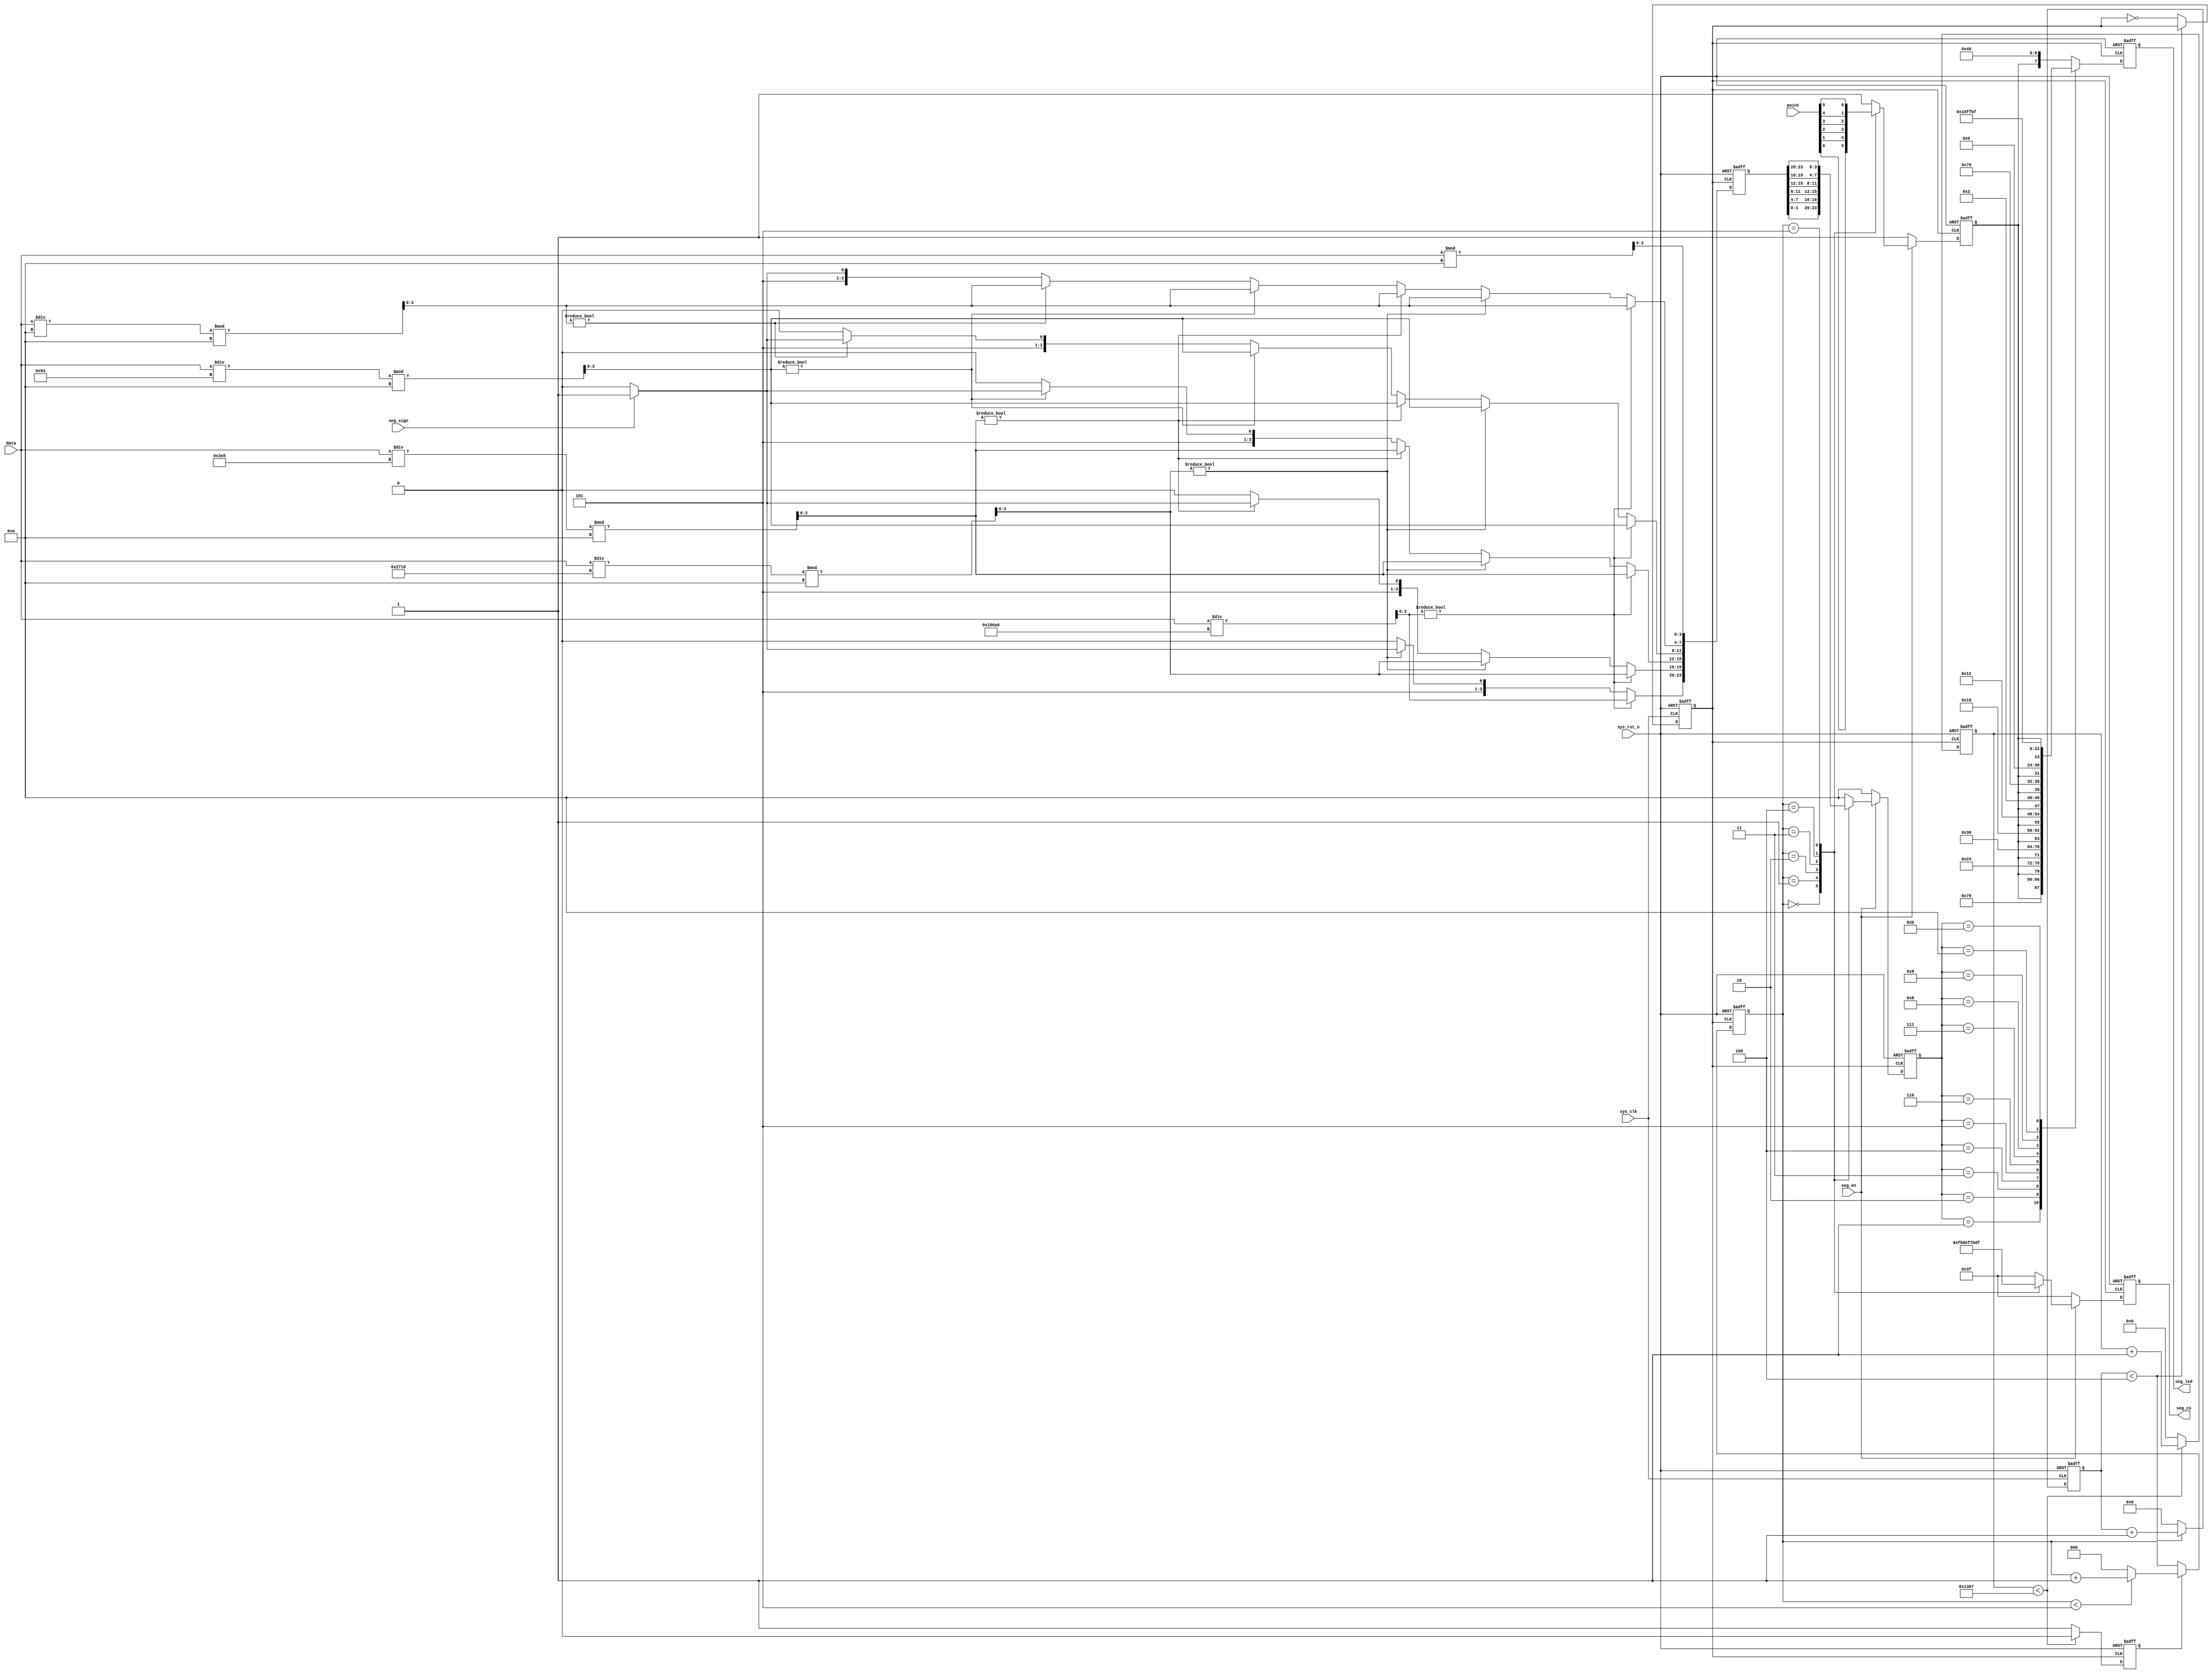
//////////////////////////////////////////////////////////////////////////////////
//  
// Module Name: seg_led_driver
// Description: This is seg_led driver
// 
//////////////////////////////////////////////////////////////////////////////////
`timescale 1ns / 1ps


module seg_led_driver(
    input               sys_clk,
    input               sys_rst_n,
    input [5:0]         point,              //point01
    input               seg_en,             //01
    input               seg_sign,           //01
    input [19:0]        data,               //             

    output reg[5:0]     seg_cs,
    output reg[7:0]     seg_led
);

localparam CLK_DIV = 4'd10;                 //
localparam MAX_CNT = 13'd5000;              //5M1ms

reg[3:0]        clk_cnt;                    //
reg             seg_clk;                    //5Mhz
reg[23:0]       seg_num;                    //624BCD
reg[12:0]       cnt_1ms;                    //1ms
reg             flag_1ms;                   //1ms
reg[2:0]        cnt_cs;                     //
reg[3:0]        seg_dip;                    //
reg             dot_dip;                    //point

wire[3:0]       data0;                      //
wire[3:0]       data1;                      //
wire[3:0]       data2;                      //
wire[3:0]       data3;                      //
wire[3:0]       data4;                      //
wire[3:0]       data5;                      //


//
assign data0 = data % 4'd10;                //
assign data1 = data / 4'd10 % 4'd10;        //
assign data2 = data / 7'd100 % 4'd10;       //
assign data3 = data / 10'd1000 % 4'd10;     //
assign data4 = data / 14'd10000 % 4'd10;    //
assign data5 = data / 17'd100000;           //

//105Mhzseg_clk
always @(posedge sys_clk or negedge sys_rst_n) begin
    if(!sys_rst_n) begin
       clk_cnt <= 4'd0;
       seg_clk <= 1'b1;
    end
    else begin
        if(clk_cnt < CLK_DIV/2 -1)begin
            clk_cnt <= clk_cnt + 1'b1;
            seg_clk <= seg_clk;
        end
        else begin
            seg_clk <= ~seg_clk;
            clk_cnt <= 4'd0;
        end
    end  
end

//2428421BCD41
always @(posedge seg_clk or negedge sys_rst_n) begin
    if(!sys_rst_n) 
        seg_num <= 0;
    else begin
        if(data5) begin                 //
            seg_num[23:20] <= data5;    //
            seg_num[19:16] <= data4;
            seg_num[15:12] <= data3;
            seg_num[11:8]  <= data2;
            seg_num[7:4]   <= data1;
            seg_num[3:0]   <= data0;
        end
        else begin
            if(data4) begin             //
                seg_num[19:0] <= {data4,data3,data2,data1,data0};
                if(seg_sign)
                    seg_num[23:20] <= 4'd11;     //
                else
                    seg_num[23:20] <= 4'd10;     //    
            end
            else begin
                if(data3) begin         //
                    seg_num[15:0] <= {data3,data2,data1,data0};
                    seg_num[23:20] <= 4'd10;    //
                    if(seg_sign)
                        seg_num[19:16] <= 4'd11;     //
                    else
                        seg_num[19:16] <= 4'd10;     //,  
                end
                else begin
                    if(data2) begin     //
                        seg_num[11:0] <= {data2,data1,data0};
                        seg_num[23:16] <= {2{4'd10}};    //
                        if(seg_sign)
                            seg_num[15:12] <= 4'd11;     //
                        else
                            seg_num[15:12] <= 4'd10;     //, 
                    end
                    else begin
                        if(data1) begin     //
                            seg_num[7:0] <= {data1,data0};
                            seg_num[23:12] <= {3{4'd10}};    //
                            if(seg_sign)
                                seg_num[11:8] <= 4'd11;     //
                            else
                                seg_num[11:8] <= 4'd10;     //, 
                        end
                        else begin //
                                seg_num[3:0] <= data0;
                                seg_num[23:8] <= {4{4'd10}}; //
                                if(seg_sign)
                                    seg_num[7:4] <= 4'd11;     //
                                else
                                    seg_num[7:4] <= 4'd10;     //, 
                        end
                    end
                end
            end
        end
    end
end

//1ms
always @(posedge seg_clk or negedge sys_rst_n) begin
    if(!sys_rst_n) begin
        cnt_1ms <= 13'd0;
        flag_1ms <= 1'b0;
    end
    else begin
        if(cnt_1ms < MAX_CNT - 1)begin
            cnt_1ms <= cnt_1ms + 1'b1;
            flag_1ms <= 1'b0;
        end
        else begin
            flag_1ms <= 1'b1;
            cnt_1ms <= 13'd0;
        end
    end
end

//cnt_cs
always @(posedge seg_clk or negedge sys_rst_n) begin
    if(!sys_rst_n)
        cnt_cs <= 3'd0;
    else if(flag_1ms) begin
        if(cnt_cs < 3'd5)
            cnt_cs <= cnt_cs + 1'b1;
        else
            cnt_cs <= 3'd0; 
    end
    else
        cnt_cs <= cnt_cs;
end

//cnt_cs
always @(posedge seg_clk or negedge sys_rst_n) begin
    if(!sys_rst_n) begin
        seg_cs <= 6'b111111;        //
        seg_dip <= 4'd10;           //            
        dot_dip <= 1'b1;            //point
    end
    else begin
        if(seg_en) begin
            case(cnt_cs)
                3'd0:begin
                    seg_cs <= 6'b111110;    //
                    seg_dip <= seg_num[3:0];
                    dot_dip <= point[0];
                end
                3'd1:begin
                    seg_cs <= 6'b111101;    //
                    seg_dip <= seg_num[7:4];
                    dot_dip <= point[1]; 
                end
                3'd2:begin
                    seg_cs <= 6'b111011;    //
                    seg_dip <= seg_num[11:8];
                    dot_dip <= point[2]; 
                end
                3'd3:begin
                    seg_cs <= 6'b110111;    //
                    seg_dip <= seg_num[15:12];
                    dot_dip <= point[3]; 
                end
                3'd4:begin
                    seg_cs <= 6'b101111;    //
                    seg_dip <= seg_num[19:16];
                    dot_dip <= point[4]; 
                end
                3'd5:begin
                    seg_cs <= 6'b011111;    //
                    seg_dip <= seg_num[23:20];
                    dot_dip <= point[5]; 
                end
                default: begin
                    seg_cs <= 6'b111111;        //
                    seg_dip <= 4'd10;           //            
                    dot_dip <= 1'b1;            //point
                end     
            endcase
        end
        else begin
            seg_cs <= 6'b111111;        //
            seg_dip <= 4'd10;           //            
            dot_dip <= 1'b1;            //point
        end
    end

end

//
always @(posedge seg_clk or negedge sys_rst_n) begin
    if(!sys_rst_n)
        seg_led <= 8'b11000000;     //0
    else begin
        case(seg_dip)
            4'd0 : seg_led <= {dot_dip,7'b1000000}; // 0
            4'd1 : seg_led <= {dot_dip,7'b1111001}; // 1
            4'd2 : seg_led <= {dot_dip,7'b0100100}; // 2
            4'd3 : seg_led <= {dot_dip,7'b0110000}; // 3
            4'd4 : seg_led <= {dot_dip,7'b0011001}; // 4
            4'd5 : seg_led <= {dot_dip,7'b0010010}; // 5
            4'd6 : seg_led <= {dot_dip,7'b0000010}; // 6
            4'd7 : seg_led <= {dot_dip,7'b1111000}; // 7
            4'd8 : seg_led <= {dot_dip,7'b0000000}; // 8
            4'd9 : seg_led <= {dot_dip,7'b0010000}; // 9
            4'd10: seg_led <= 8'b11111111; //
            4'd11: seg_led <= 8'b10111111; //(-)
            default:
                seg_led <= {dot_dip,7'b1000000};
        endcase
    end 
end

endmodule